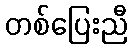
တစ်ပြေးညီ